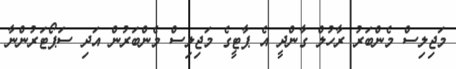
މަޖިލިސް މެންބަރު ރާހުލް ގާންދީ އެ ޕާޓީގެ މަޖިލިސް މެންބަރުން އަދި ސަޕޯޓަރުންނާ